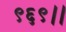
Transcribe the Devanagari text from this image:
९६९।।